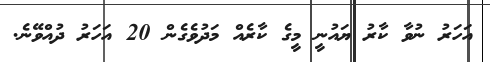
އަހަރު ނުވާ ކާރު ޔައުނީ މީގެ ކާރެއް މަދުވެގެން 20 އަހަރު ދުއްވޭނެ.